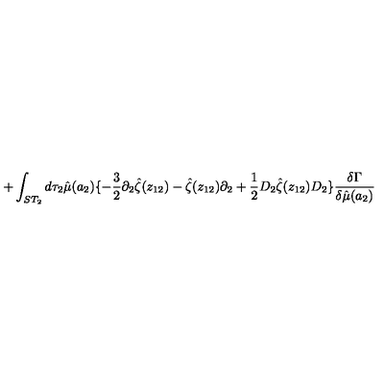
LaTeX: + \int _ { S T _ { 2 } } d \tau _ { 2 } \hat { \mu } ( a _ { 2 } ) \{ - { \frac { 3 } { 2 } } \partial _ { 2 } \hat { \zeta } ( z _ { 1 2 } ) - \hat { \zeta } ( z _ { 1 2 } ) \partial _ { 2 } + { \frac { 1 } { 2 } } D _ { 2 } \hat { \zeta } ( z _ { 1 2 } ) D _ { 2 } \} { \frac { \delta \Gamma } { \delta \hat { \mu } ( a _ { 2 } ) } }